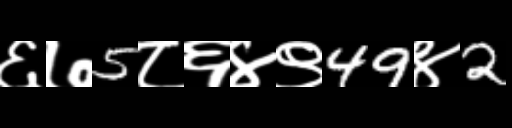
Text: ६७5८६४९49४2